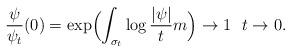
LaTeX: \begin{align*} \frac{\psi}{\psi_t}(0)=\exp\Bigl( \int_{\sigma_t}\log\frac{|\psi|}{t}m\Bigr) \to 1 \ \ t\to 0.\end{align*}